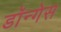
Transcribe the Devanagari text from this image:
डॉन्गेस